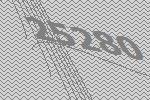
25280